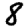
Digit: 8